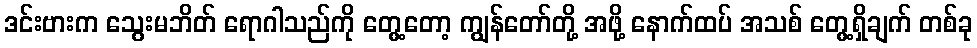
ဒင်းဗားက သွေးမဘိတ် ရောဂါသည်ကို တွေ့တော့ ကျွန်တော်တို့ အဖို့ နောက်ထပ် အသစ် တွေ့ရှိချက် တစ်ခု